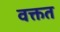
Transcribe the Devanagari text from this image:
वक्तत